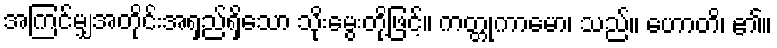
အကြင်မျှအတိုင်းအရှည်ရှိသော သိုးမွေးတို့ဖြင့်။ ကတ္တုကာမော၊ သည်။ ဟောတိ၊ ၏။